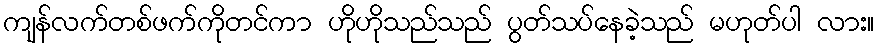
ကျန်လက်တစ်ဖက်ကိုတင်ကာ ဟိုဟိုသည်သည် ပွတ်သပ်နေခဲ့သည် မဟုတ်ပါ လား။